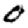
Digit: 0